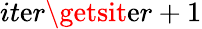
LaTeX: it\mathrm{e}r\getsit\mathrm{e}r+1